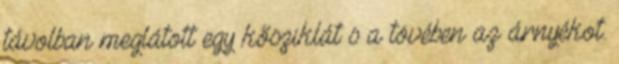
távolban meglátott egy kősziklát s a tövében az árnyékot.